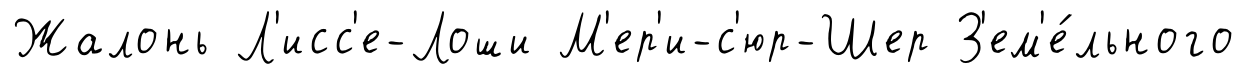
Жалонь Л'исс'е-Лоши М'ер'и-с'юр-Шер З'ем'е́льного